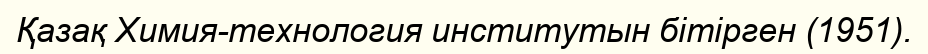
Қазақ Химия-технология институтын бітірген (1951).